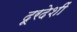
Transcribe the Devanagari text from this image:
दूरदेशीं